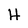
Character: H